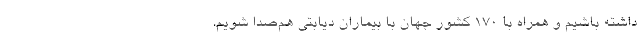
داشته باشیم و همراه با ۱۷۰ کشور جهان با بیماران دیابتی هم‌صدا شویم.